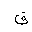
Letter: _qaf